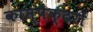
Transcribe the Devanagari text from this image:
काम्पैक्टरों